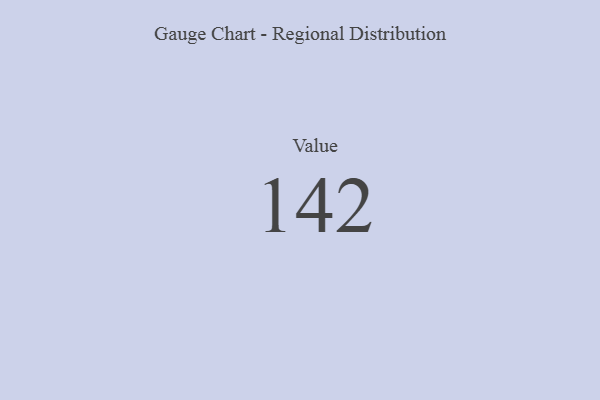
{"axis": {"x": "Metric", "y": "Value"}, "legend": [""], "data": [{"x": "Value", "y": 142, "type": ""}]}